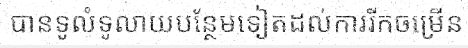
បានទូលំទូលាយបន្ថែមទៀតដល់ការរីកចម្រើន